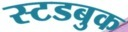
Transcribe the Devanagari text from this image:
स्टडबुक